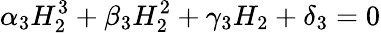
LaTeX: \alpha_{3}H_{2}^{3}+\beta_{3}H_{2}^{2}+\gamma_{3}H_{2}+\delta_{3}=0